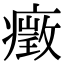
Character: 㿂